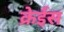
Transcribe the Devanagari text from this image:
क्रेईस